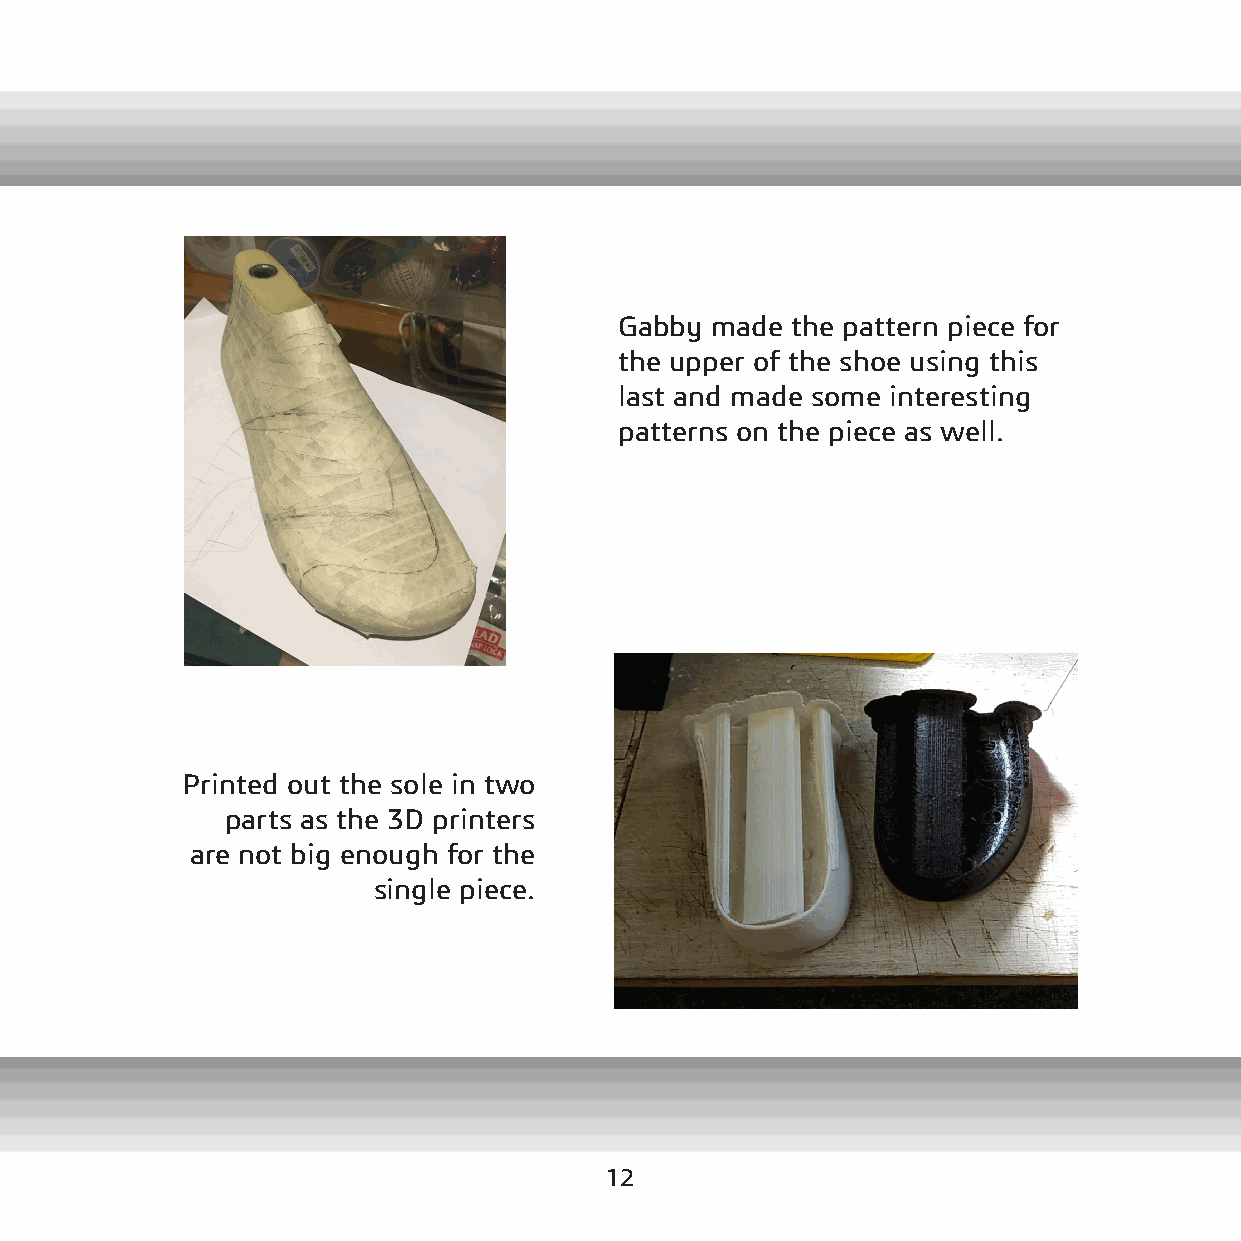
Gabby made the pattern piece for
 the upper of the shoe using this
 last and made some interesting
 patterns on the piece as well.
 Printed out the sole in two
 parts as the 3D printers
 are not big enough for the
 single piece.
 12